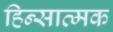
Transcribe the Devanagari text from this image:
हिन्सात्मक